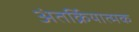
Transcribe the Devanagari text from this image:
अंतर्क्रियात्मक